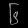
Digit: ၆